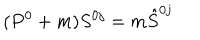
( P ^ { 0 } + m ) S ^ { 0 j } = m \hat { S } ^ { 0 j }